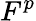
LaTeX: F^{p}